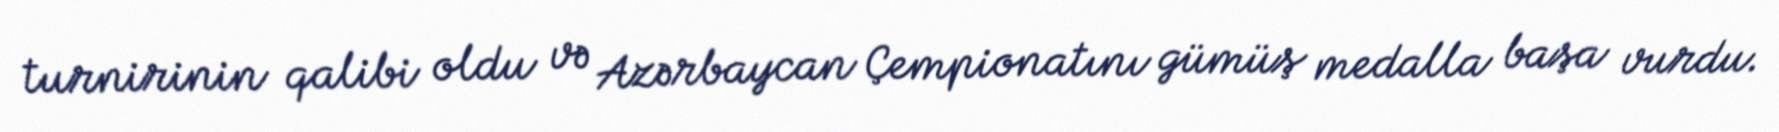
turnirinin qalibi oldu və Azərbaycan Çempionatını gümüş medalla başa vurdu.